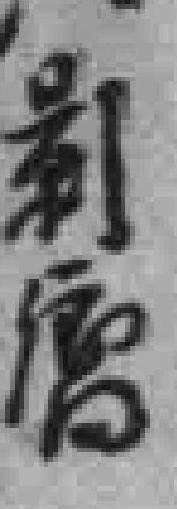
*